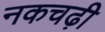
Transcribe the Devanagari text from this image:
नकचढ़ी